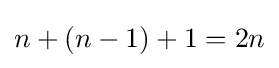
n+(n-1)+1=2n